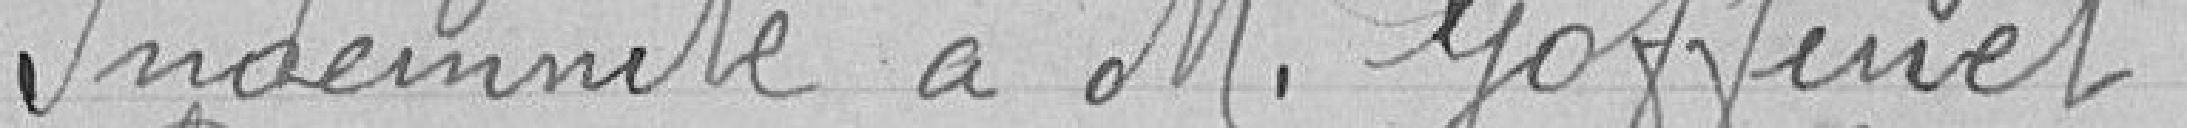
Indemnité à M .Goffinet .